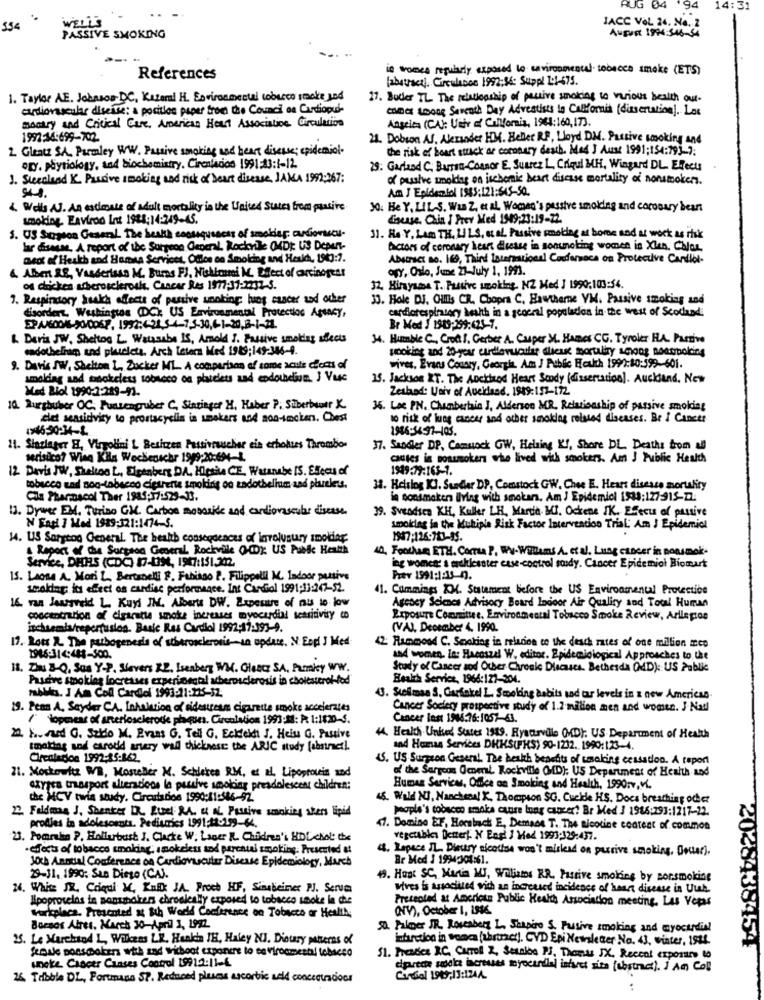
RUG 04
94
14:31
554
WELL'S
JACC VOL 24. Na. Z
August 1994:546-54
PASSIVE SMOKING
in womes regularly exposed to environmental tobacco smoke (ETS)
References
[abstract). Circulation 1992:56: Suppl 1:1-675.
1. Taylor AE. Johnson DC, Katernl H. Environmental tobacco stacke god
27. Bucker TL The realesship of passive smoking to various health out.
cardiovascular disease: a position paper from the Council on Cardiopul
camas work Seventh Day Adventists in California (dissertation). Los
monary and Critical Care, American Heart Association Circulation
Anscien (CA): Unir of California, 1964:160,173.
1992-14:699-702
21. Dobson AS, Alexander HM. Heller RF, Lloyd DM. Passive Looking and
2. Gleatt SA, Parsley WW. Passive smoking and heart disease ; epidemiol.
the risk of heart stack ar comeary desch. Med J Ausi 1991;154:793-9.
ogy. påytiology, tad biochemistry. Cirenindios 1991:43:1-12.
28: Garlead C. Burton-Connor E. Suarez L, Criqul MH, Wingerd DL. Efects
1. Steecland K. Passive smoking and risk of heart disease, JANA 1992:267:
of pasive smolder on ischemic heart disease mortality of nonsmokers.
Am J Epidemiol 1985:121:645-50.
4. Wells AJ. An estimate of adult mortality in the United States from platire
30. He Y, LIL-S. Wan Z, et al. Women's passive smoking and corosary beans
smoking. Enviroo Int 1984:14:249-45.
disease. Chin I Prev Med 1549:23:19-22.
1. US Sayson Gesarl The health seossqueness of smokdap audiovucu-
3). He Y, Lam TH, LI LS, at aL Passive making at home and at work as risk
lar disasse, A report of the Surgeon General Rockrile (MD): US Depen-
factors of coronary heart disease in sonunoting women in XIn, Chlor,
Bed of Health and Human Services, Otice no Smoking and Health, 1989:1.
Abstract no. 169, Third International Codersoca on Protective Cardiol-
4. Aber RE, Visserisso M. Burns FJ, Nishiomi M. Efect of carcinogens
ogy. Oslo, June 21-July 1, 1993.
of chicken atherosclerosis. Chacar Res 1977:37:2232-S.
32. Himyame T. Passive smoking. NZ Med ] 1990:103:54.
7. Respiratory Ssakh effects of passive unoking lung cancer and other
33. Hole DJ. Gillis CR. Chopra C. Hawthorne VM. Passive smoking and
cardiorespiratory health in a general population in the west of Scotland:
disordert. Washington (DC) US Environmental Protection Agency,
Br Med 1 1949:299:425-1.
& Deris JW. Shettog L. Watasabe IS, Amold I. Passive smoking sheets
34. Humble C ., Crot S. Gerber A. Couper M. Hames CG. Tyroler HA. Passive
cadothelhim and pleieta. Arch Teters Med 1989;149-346-9.
smoking and 20 your cardiovascular clicar mortality scoop nonpoling
9. Davis SW, Saciton L, Zucker ML. A comparison of come acute coas of
wives. Evans Cousry, Georgia. Am J Public Health 1991:80:599-601.
smoking and tookchers tobacco os places und codonium. J Vuje
15. Jackson XT. The Anciirod Heart Scody (dissertation). Auckind. Now
Med Biol 1990:2:289-91.
Zesland: Univ of Aueidand. 1989: 157-172.
10. Purghuber OC. Funzengruber C, Sinzinger H. Haber P. Süberbeatr X
36. Lac PN. Chamberlain J, Alderson MR. Relationship of passive smoking
clet seasidvity to prostacyclin in unokers and son-tmcken. Chest
to risk of lung cancer and other smoking related diseases. Br I Cancer
1966-34.97-105.
11. Slanlager H, Virgolini L Besitzen Passivraucher ein erholtes Thrombo
37. Saodler DP, Camuock GW, Helsing KI, Shore DL. Deaths from all
serisico? Winą Kila Weckenschr 1999:20:604-1.
cautes is postokens who lived with smokers. Am J Public Health
12 Davis JW, Shelton L, Eisenberg DA, Hipsita CE, Watanabe IS. Effect of
1949:39:163-1.
tobacco vad sog-tobacco cigarette smoking oo zadothelium and pluelets.
31. Heislog KI. Sendler DP, Comstock GW, Chee E. Heart disease mortality
Cla Pharmacol Ther 1985:37:529-33.
in sonsmaker living with smokar, Am / Epidemicl 1583:127-915-22:
13. Dywer EM. Torino GM. Carbon mososite and cardiovascular disease.
39. Svendsen KH, Keller LH, March, MI, Ochene IK. Ejecu of passive
N Engl J Med 1939;321:1474- 5.
smoking in the Muhiple Risk Factor Intervention Trial Am J Epidemicl
14. US Sarreoo General. The health consequences of involusury smolder.
1987:126-783-95.
& Report of The Surgeon General Rockville (CD): US Public Health
40, Foothan ETH. Comrsa P. Ww-Willems A. et al. Lung cancer in nousmok-
Service, DHHS (CDC) 17-199, 1907:151.212.
ing women & makiunter case control soudy. Cancer Epidemiol Biomart
IS. LAORA A. Mori L, Bertinelli F. Fabiano P. Filippelli M. Indoor passive
Prev 1991:1:15 h.
smokin its effect os cardiac performance. Int Cardiol 1991:13:247-52.
11. Cummings 104. Statement before the US Environmental Protection
16. Tan Jungveld L. Kayd JM. Alberts DW. Exposure of aus to low
Agency Seines Advisory Board Indoor Air Quality and Total Human
concentration of cigarette smoke increases myocardial sensitivity co
Exposure Committee, Environmental Tobacco Smoke Review, Arileptos
inchsemis/repertusion. Basic Ras Cardiol 1992:17:393-9.
(VAI, December 4. 1990.
17. Lots 2. The pathogenesis of atherosclerosis -- un update. N' Eopi J Med
12: Rummood C. Smoking in relation to the desch rates of one million mco
1946:314:441-500.
and women. le: Hacoszal W. editor. Epidemiological Approaches to Use
11. Za B-Q, Son Y-P. Slovers R.L. Lseabery WH. Glencs SA, Pumakey WW.
Scady of Cancer sod Other Chronic Diecasts. Bethesda (MD): US Public
Passive smoking locreases experimental atherosclerosis in cholesterol-fod
Health Service, 1966:127-204.
mbMis. I Am Coll Cardiol 1993:11:225-32
3. Stalose S. Garfakel L. Smeling àsbits and ar levels in a new American
19. Peas A. Seyder C.A. Inhalation of cidessous cigarette smoke accelerates
Cancer Society prospective study of 1.2 million men and women. J.Nadl
/" lopmeas of arteriosclerodie phque. Circulation 1993:M: P. 1:1820-S.
Cancer last 1908.76:1057-63.
24. H .. And G. Szdo M. Evias G. Tell G. Eckekh J. Heis G. Passive
44. Health Unked States 1539. Rysctrville (MD). US Department of Health
smoking wod carotid anvery wall thickness the ARIC study (abriract).
and Human Services DHKS(FHS) 90-1232. 1990:123-4.
Clrealecon 1992:35-862.
4. US Surgeon General. The beskh benefits of tasaking cessation. A report
21. Moskowitz MB, Moscher M. Schieten RM, et al. Lipostoria and
of the Sargcon Omnent, Rockville (MD): US Department of Health and
atypea trasport alteracicos la pulve smoking preadolescent children:
Human Services, Once an Smoking and Health, 1990:v, V.
the MCV twin study. Circulation 1990:11:586-92.
45. Wald NI, Nanchesal K. Thompson SG. Cuelde HS. Docs breathing other
2. Feldman J, Shanker DR. Euel RA. " IL Passive smoking shers lipid
people's tobacco smoke cunre lung cancer? Br Med 3 1966:293:1217-22.
prodles in adolescents. Pediatrics 1991;11-159-64.
7. Domino EF, Horstnach E, Demade T. The nicotine content of common
23. Poanche P. Hollybust J. Clacke W; Lager R. Children's HDL chot the
vegetables Detterf. N Engl J Med 1991:329:437.
effects of tobacco smoking, smokeless sod percatal smoking. Presented at
4. Lapace IL. Dietary nicotina won't mislead on arrive smoking, Doctor).
Joth Annual Conference on Cardiovascular Disease Epidemiology, March
Br Mod 3 19943301:61.
29-11, 1990: San Diego (CA).
49. Hast SC, Mania MJ, Williams KR. Passive smoking by sorsmoking
24. White JR. Caqui M, Kul JA. Proch HF, Sinabieiner PJ. Serum
Nives is associated with an increased incidence of heart disease in Uuh.
Apoproselas in sontdens chroelesly exposed to tobacco smoke la che
Presented at American Public Health Association meeting. Las Vepas
(NY), October 1, 1988
Workplace. Presented at th World Conference on Tobacco or Health,
Borsos Atres, March 30-April 1, 1992.
St. Ploe JR, Roseabery L. Shapiro S. Puisive smoking and myocardial
15. Le Marchand L, Wilkens LR. Hankin TH, Haley NI. Dietary pauseres of
istrados in vence (brunet), CVD Epi Newsletter No. 43, winter, 1944.
2028438454
female nonsmokers with zad wicboot exponere to environmental tobacco
unoke Cancer Canses Control 19912:11-4
51. Prestes RC, Carroll Z, Seanlos Pf, Thomas JX. Reccol exposure to
ciprode sodio increases meyecantal infect site (vostra). I AM Col
26. Tribble DL, Portmana SP. Reduced pluscss ascorbic seld concentradioor
Caredal 1989,13:124A